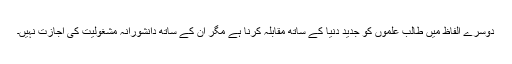
دوسرے الفاظ میں طالبِ علموں کو جدید دنیا کے ساتھ مقابلہ کرنا ہے مگر ان کے ساتھ دانشورانہ مشغولیت کی اجازت نہیں۔